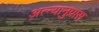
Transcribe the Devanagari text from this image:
अत्न्यानुप्रास